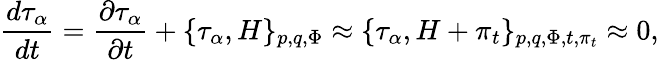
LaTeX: {\frac{d{\tau_{\alpha}}}{dt}}=\frac{\partial\tau_{\alpha}}{\partial t}+\{ \tau_{\alpha},H\} _{p,q,\Phi}\approx\{ \tau_{\alpha},H+\pi_{t}\} _{p,q,\Phi,t,\pi_{t}}\approx 0,